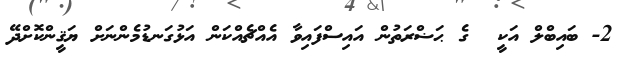
2- ބައިބްލް އަކީ  ގެ ޙަޟްރަތުން އައިސްފައިވާ އެއްޗެއްކަން އަޅުގަނޑުމެންނަށް ޔަޤީންކޮށްދޭ